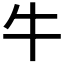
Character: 牛